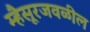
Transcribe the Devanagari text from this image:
म्हैसूरजवळील